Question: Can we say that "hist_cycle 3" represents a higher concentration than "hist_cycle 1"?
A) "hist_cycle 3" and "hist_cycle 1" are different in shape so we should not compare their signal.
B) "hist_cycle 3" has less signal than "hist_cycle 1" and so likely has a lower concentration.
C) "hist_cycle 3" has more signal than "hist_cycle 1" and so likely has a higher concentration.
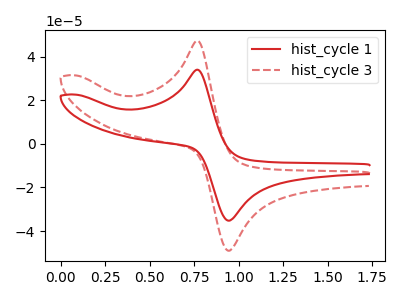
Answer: <think>The red curve "hist_cycle 1" has an anodic peak at (0.75V, 34.00uA) and a cathodic peak at (0.95V, -35.15uA). The red dashed curve "hist_cycle 3" has an anodic peak at (0.75V, 47.30uA) and a cathodic peak at (0.95V, -48.95uA).
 All the peaks in "hist_cycle 3" have a peak in "hist_cycle 1" at the same potential. Every peak in "hist_cycle 3" is higher than every peak in "hist_cycle 1".</think>
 <answer>C) "hist_cycle 3" has more signal than "hist_cycle 1" and so likely has a higher concentration.</answer>
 <eval>C</eval>